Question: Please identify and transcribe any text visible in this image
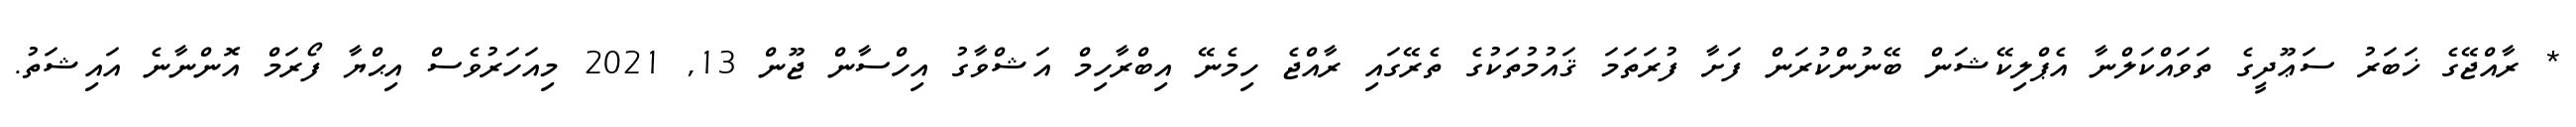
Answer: * ރާއްޖޭގެ ޚަބަރު ސަޢޫދީގެ ތަވައްކަލްނާ އެޕްލިކޭޝަން ބޭނުންކުރަން ފަށާ ފުރަތަމަ ޤައުމުތަކުގެ ތެރޭގައި ރާއްޖެ ހިމެނޭ އިބްރާހިމް އަޝްވާގު އިހްސާން ޖޫން 13, 2021 މިއަހަރުވެސް އިޙްޔާ ފޯރަމް އޮންނާނެ އައިޝަތު.